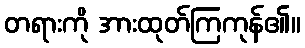
တရားကို အားထုတ်ကြကုန်၏။